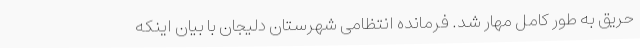
حریق به طور کامل مهار شد. فرمانده انتظامی شهرستان دلیجان با بیان اینکه